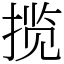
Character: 揽